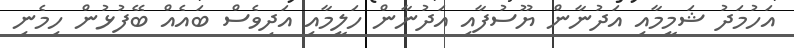
އަހުމަދު ޝަމީމާއި އަދުނާން ޔޫސުފާއި އަދުނާން ހަލީމާއި އަދިވެސް ބައެއް ބޭފުޅުން ހިމެނި